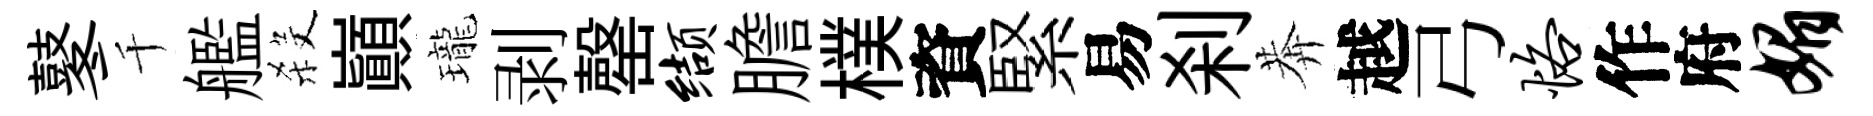
鼕千艦殺巔瓏剥罄缬膽樸資緊易刹莾越弓恪作府媚